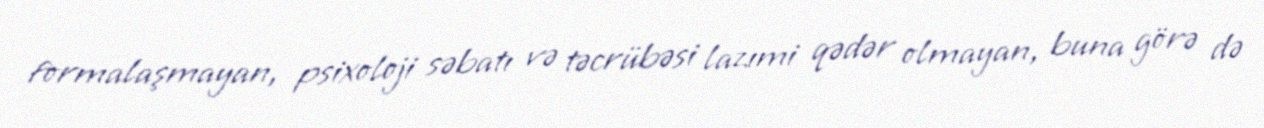
formalaşmayan, psixoloji səbatı və təcrübəsi lazımi qədər olmayan, buna görə də